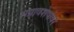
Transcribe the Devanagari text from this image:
भग्नावशेषांवर